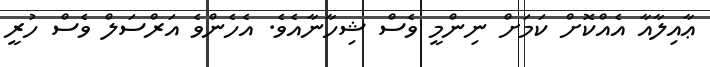
ޢާއިލާއާ އެއްކޮށް ކަމަށް ނިންމީ ވެސް ޝިހާނާއެވެ. އެހެންވެ އަރްސަލް ވެސް ހުރީ